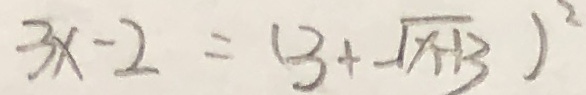
3 x - 2 = ( 3 + \sqrt { x + 1 3 } ) ^ { 2 }